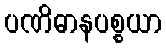
ပဏိဓာနပစ္စယာ